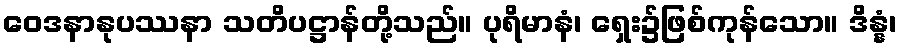
ဝေဒနာနုပဿနာ သတိပဋ္ဌာန်တို့သည်။ ပုရိမာနံ၊ ရှေး၌ဖြစ်ကုန်သော။ ဒိန္နံ၊